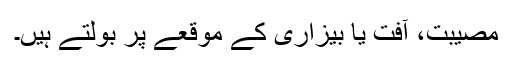
مصیبت، آفت یا بیزاری کے موقعے پر بولتے ہیں۔